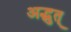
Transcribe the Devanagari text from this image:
अद्भुत्‌